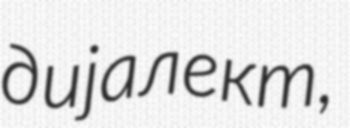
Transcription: дијалект,